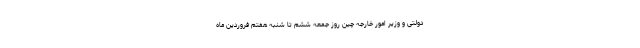
دولتی و وزیر امور خارجه چین روز جمعه ششم تا شنبه هفتم فروردین ماه